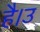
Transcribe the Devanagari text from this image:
है।उ